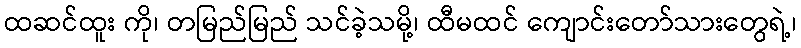
ထဆင်ထူး ကို၊ တမြည်မြည် သင်ခဲ့သမို့၊ ထီမထင် ကျောင်းတော်သားတွေရဲ့၊